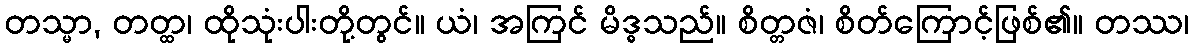
တသ္မာ, တတ္ထ၊ ထိုသုံးပါးတို့တွင်။ ယံ၊ အကြင် မိဒ္ဓသည်။ စိတ္တဇံ၊ စိတ်ကြောင့်ဖြစ်၏။ တဿ၊